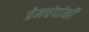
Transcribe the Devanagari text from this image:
प्रेमचंदांनी